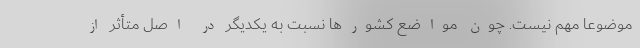
موضوعاً مهم نیست. چون مواضع کشورها نسبت به یکدیگر در اصل متأثر از